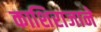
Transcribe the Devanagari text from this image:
काशिराजाने